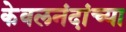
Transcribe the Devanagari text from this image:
केवलनंदांच्या